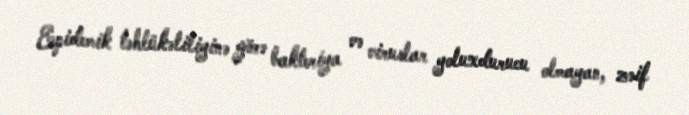
Epidemik təhlükəliliyinə görə bakteriya və viruslar yoluxdurucu olmayan, zəif